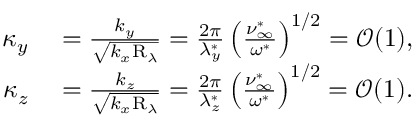
\begin{array} { r l } { \kappa _ { y } } & { { } = \frac { k _ { y } } { \sqrt { k _ { x } \mathrm { R } _ { \lambda } } } = \frac { 2 \pi } { \lambda _ { y } ^ { \ast } } \left( \frac { \nu _ { \infty } ^ { \ast } } { \omega ^ { \ast } } \right) ^ { 1 / 2 } = \mathcal { O } ( 1 ) , } \\ { \kappa _ { z } } & { { } = \frac { k _ { z } } { \sqrt { k _ { x } \mathrm { R } _ { \lambda } } } = \frac { 2 \pi } { \lambda _ { z } ^ { \ast } } \left( \frac { \nu _ { \infty } ^ { \ast } } { \omega ^ { \ast } } \right) ^ { 1 / 2 } = \mathcal { O } ( 1 ) . } \end{array}